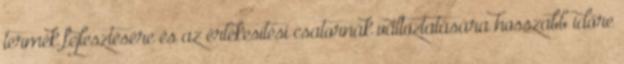
termék fejlesztésére és az értékesítési csatornák változtatására hosszabb időre